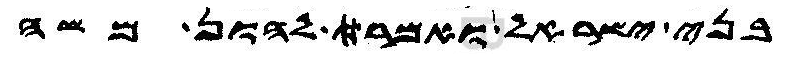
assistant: בני ישראל ואמר להון משה